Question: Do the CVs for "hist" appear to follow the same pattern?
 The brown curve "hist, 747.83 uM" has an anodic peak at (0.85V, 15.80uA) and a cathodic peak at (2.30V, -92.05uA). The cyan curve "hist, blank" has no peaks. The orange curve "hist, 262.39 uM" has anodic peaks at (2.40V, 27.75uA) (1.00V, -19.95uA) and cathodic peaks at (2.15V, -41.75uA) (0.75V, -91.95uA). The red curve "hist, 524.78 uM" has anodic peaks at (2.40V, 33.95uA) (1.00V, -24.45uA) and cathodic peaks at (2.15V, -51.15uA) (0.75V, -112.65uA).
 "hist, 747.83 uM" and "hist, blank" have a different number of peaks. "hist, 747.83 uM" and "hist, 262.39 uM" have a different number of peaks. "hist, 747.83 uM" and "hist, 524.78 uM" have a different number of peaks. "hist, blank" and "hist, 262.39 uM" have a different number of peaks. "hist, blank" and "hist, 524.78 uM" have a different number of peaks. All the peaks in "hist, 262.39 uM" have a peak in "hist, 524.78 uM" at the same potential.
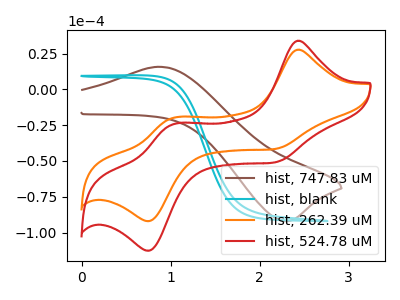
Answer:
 <answer>All the CV's of "hist" have similar shape.</answer>
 <eval>follow_rule</eval>